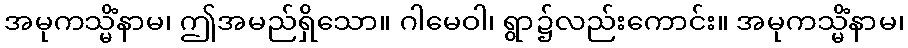
အမုကသ္မိံနာမ၊ ဤအမည်ရှိသော။ ဂါမေဝါ၊ ရွာ၌လည်းကောင်း။ အမုကသ္မိံနာမ၊